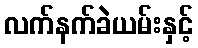
လက်နက်ခဲယမ်းနှင့်